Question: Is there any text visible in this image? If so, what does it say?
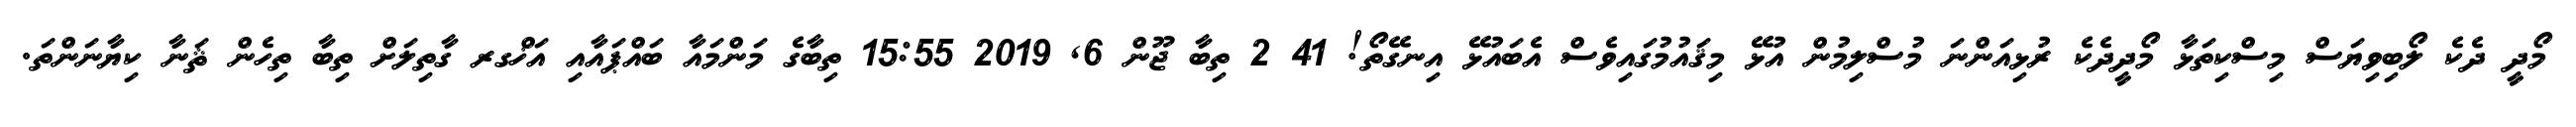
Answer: މޯދީ ދެކެ ލޯބިވިޔަސް މިސްކިތަޅާ މޯދީދެކެ ރުޅިއަންނަ މުސްލިމުން އުޅޭ މިޤައުމުގައިވެސް އެބައުޅޭ އިނގޭތޯ! 41 2 ތިބާ ޖޫން 6, 2019 15:55 ތިބާގެ މަންމައާ ބައްޕައާއި އަޚްގރ ގާތިލަށް ތިބާ ތިހެން ޘަނާ ކިޔާނަންތަ.